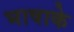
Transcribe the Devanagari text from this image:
भाषाके